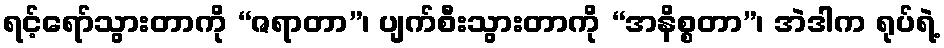
ရင့်ရော်သွားတာကို “ဇရာတာ”၊ ပျက်စီးသွားတာကို “အနိစ္စတာ”၊ အဲဒါက ရုပ်ရဲ့